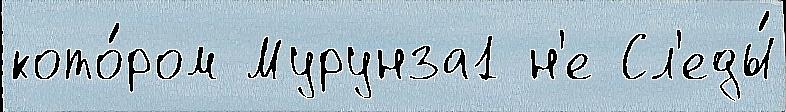
кото́ром Мурунза1 н'е Сл'еды́